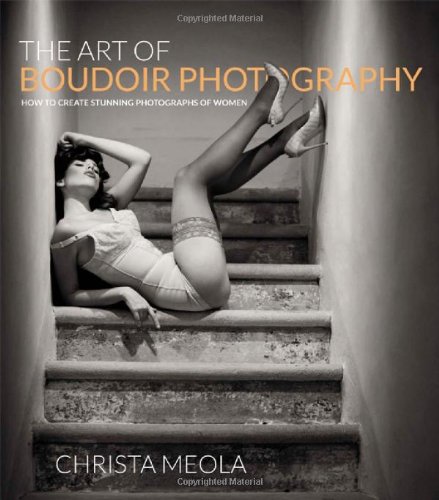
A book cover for The Art of Boudoir Photography: How to Create Stunning Photographs of Women; Christa Meola; Arts & Photography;